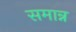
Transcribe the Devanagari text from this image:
समान्न